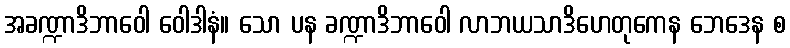
အခဏ္ဍာဒိဘာဝေါ ဝေါဒါနံ။ သော ပန ခဏ္ဍာဒိဘာဝေါ လာဘယသာဒိဟေတုကေန ဘေဒေန စ